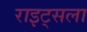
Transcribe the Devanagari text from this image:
राइट्सला